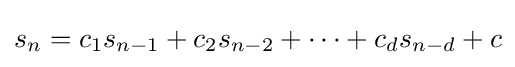
s_{n}=c_{1}s_{n-1}+c_{2}s_{n-2}+\dots +c_{d}s_{n-d}+c